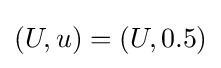
(U,u)=(U,0.5)